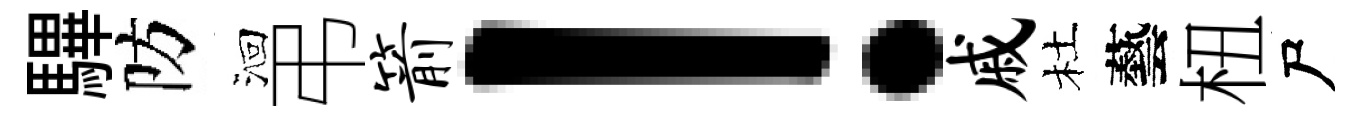
驆防洄弔箭！戚杜藝杻尸